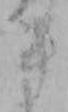
き